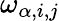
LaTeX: \omega_{\alpha,i,j}